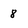
Character: 8